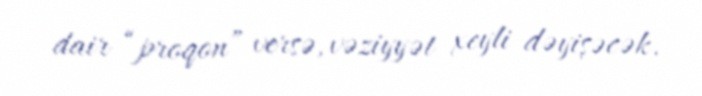
dair “proqon” versə, vəziyyət xeyli dəyişəcək.